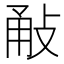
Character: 㪌